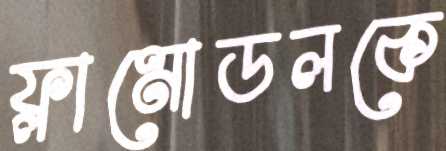
ফ্লামোডলকে